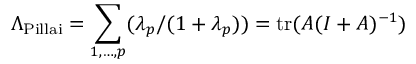
\Lambda _ { \mathrm { P i l l a i } } = \sum _ { 1 , \ldots , p } ( \lambda _ { p } / ( 1 + \lambda _ { p } ) ) = \operatorname { t r } ( A ( I + A ) ^ { - 1 } )